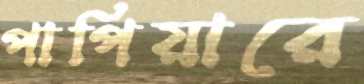
পাপিয়ারে